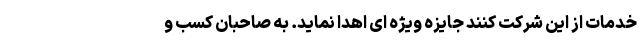
خدمات از این شرکت کنند جایزه ویژه ای اهدا نماید. به صاحبان کسب و